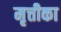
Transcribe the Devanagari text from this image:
मृत्तीका